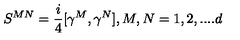
S ^ { M N } = { \frac { i } { 4 } } [ \gamma ^ { M } , \gamma ^ { N } ] , M , N = 1 , 2 , . . . . d